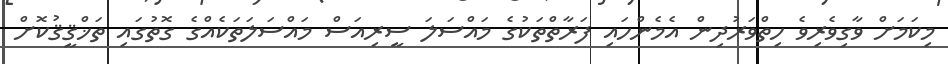
މިކަމަށް ވާގިވެރިވެ ހިތްވަރުދިން އެމެންހައި ފަރާތްތަކުގެ މައްސަލަ ސީރިއަސް މައްސަލަތަކެއްގެ ގޮތުގައި ތަޚްޤީޤުކޮށް